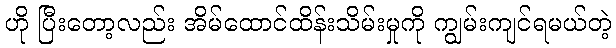
ဟို ပြီးတော့လည်း အိမ်ထောင်ထိန်းသိမ်းမှုကို ကျွမ်းကျင်ရမယ်တဲ့